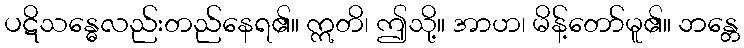
ပဋိသန္ဓေလည်းတည်နေရ၏။ ဣတိ၊ ဤသို့။ အာဟ၊ မိန့်တော်မူ၏။ ဘန္တေ